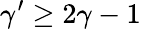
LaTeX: \gamma^{\prime}\ge 2\gamma-1